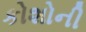
કોશોની